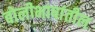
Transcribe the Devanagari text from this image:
बोलीभाषांतील